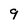
Character: 9